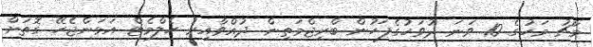
މާޗު މަހުގެ 10 ވަނަ ދުވަހުގެފަހުން ބްރިޖްމަތިން ދުއްވާއިރު ހެލްމެޓް އަޅަންޖެހޭ ގޮތަށް